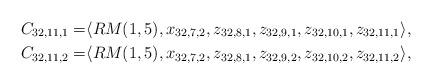
LaTeX: \begin{align*}C_{32,11,1}=&\langle RM(1,5),x_{32,7,2}, z_{32,8,1}, z_{32,9,1}, z_{32,10,1}, z_{32,11,1}\rangle,\\ C_{32,11,2}=&\langle RM(1,5),x_{32,7,2}, z_{32,8,1}, z_{32,9,2}, z_{32,10,2}, z_{32,11,2}\rangle, \end{align*}